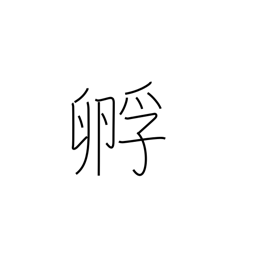
Meaning: hatch